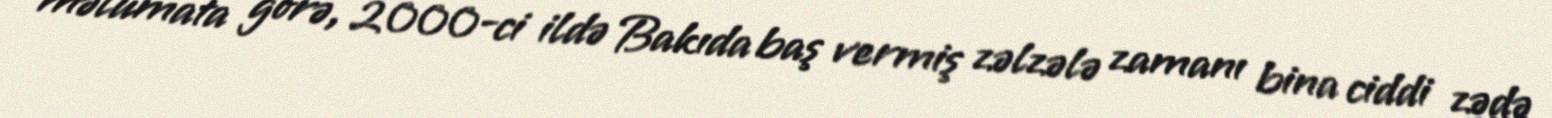
məlumata görə, 2000-ci ildə Bakıda baş vermiş zəlzələ zamanı bina ciddi zədə